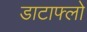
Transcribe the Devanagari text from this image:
डाटाफ्लो